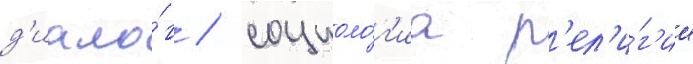
д'иало́г / социоло́г'иа р'ел'и́г'ии